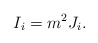
\begin{align*}I_i = m^2 J_i. \end{align*}